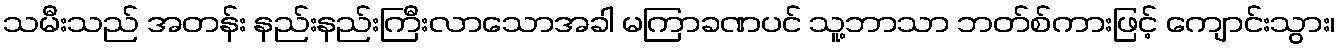
သမီးသည် အတန်း နည်းနည်းကြီးလာသောအခါ မကြာခဏပင် သူ့ဘာသာ ဘတ်စ်ကားဖြင့် ကျောင်းသွား၊